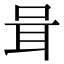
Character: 咠